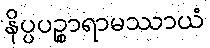
နိပ္ပပဉ္စာရာမဿာယံ